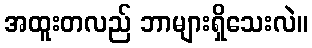
အထူးတလည် ဘာများရှိသေးလဲ။